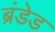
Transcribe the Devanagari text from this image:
ब्रंडेड